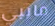
مايبي